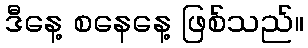
ဒီနေ့ စနေနေ့ ဖြစ်သည်။